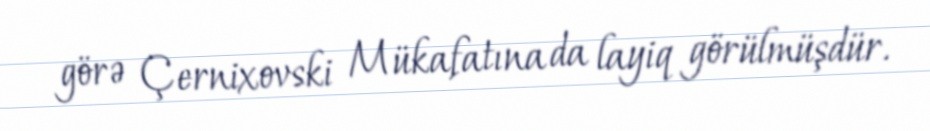
görə Çernixovski Mükafatına da layiq görülmüşdür.